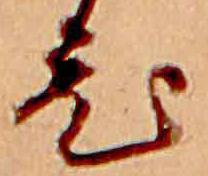
ひ